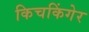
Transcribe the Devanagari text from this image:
किचकिंगेर